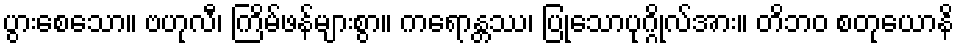
ပွားစေသော။ ဗဟုလီ၊ ကြိမ်ဖန်များစွာ။ ကရောန္တဿ၊ ပြုသောပုဂ္ဂိုလ်အား။ တိဘဝ စတုယောနိ